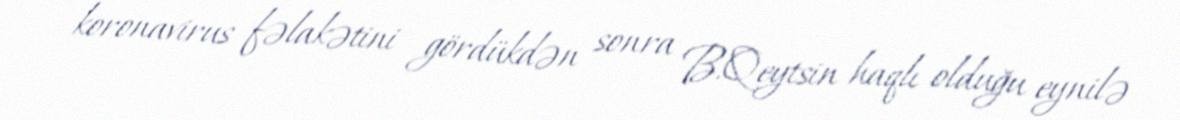
koronavirus fəlakətini gördükdən sonra B.Qeytsin haqlı olduğu eynilə